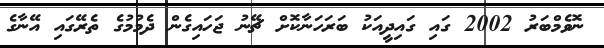
ނޮވެމްބަރު 2002 ގައި ގައިދީއަކު ބަރަހަނާކޮށް ޗޭނު ޖަހައިގެން ދެމުމުގެ ތެރޭގައި އޭނާގެ